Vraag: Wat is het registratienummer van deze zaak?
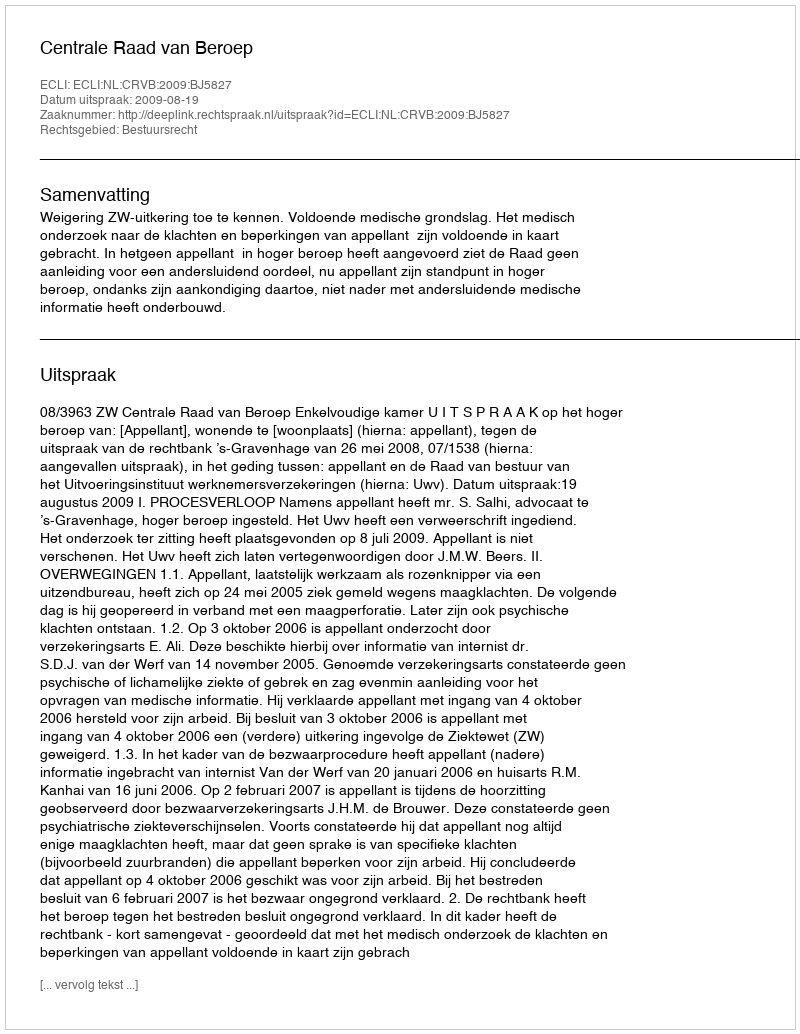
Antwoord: http://deeplink.rechtspraak.nl/uitspraak?id=ECLI:NL:CRVB:2009:BJ5827